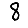
Digit: 8